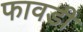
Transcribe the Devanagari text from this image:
फावडी